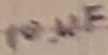
Text: 10µF